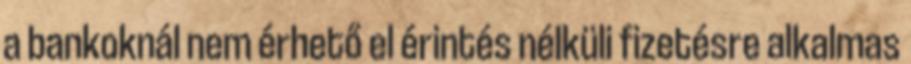
a bankoknál nem érhető el érintés nélküli fizetésre alkalmas